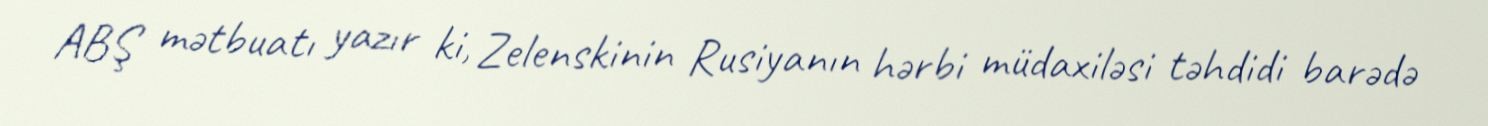
ABŞ mətbuatı yazır ki, Zelenskinin Rusiyanın hərbi müdaxiləsi təhdidi barədə